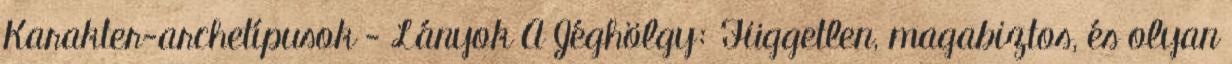
Karakter-archetípusok - Lányok A Jéghölgy: Független, magabiztos, és olyan